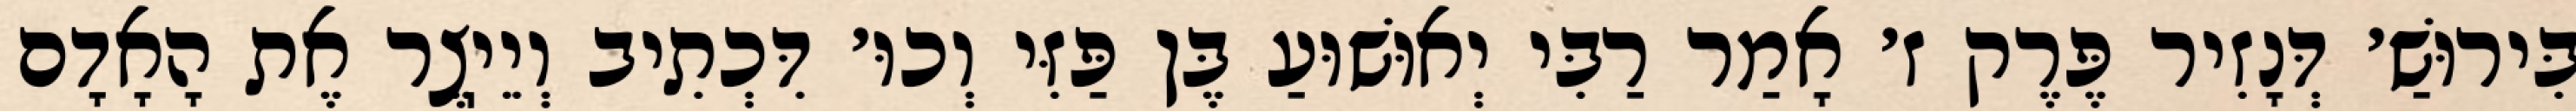
בִּירוּשַׁ׳ דְּנָזִיר פֶּרֶק ז׳ אָמַר רַבִּי יְאוּשׁוּעַ בֶּן פַּזִּי וְכוּ׳ דִּכְתִיב וְיֵיֽצֶר אֶת הָאָדָם